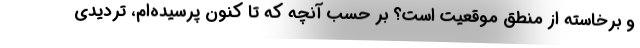
و برخاسته از منطق موقعیت است؟ بر حسب آنچه که تا کنون پرسیده‌ام، تردیدی